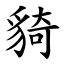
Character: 䝝